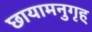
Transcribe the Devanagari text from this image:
छायामनुगृह्